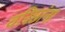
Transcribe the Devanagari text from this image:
वरिष्ठांना